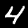
Digit: 4